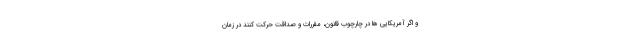
و اگر آمریکایی ها در چارچوب قانون، مقررات و صداقت حرکت کنند در زمان